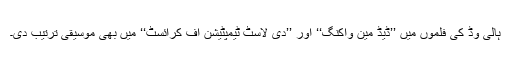
ہالی وڈ کی فلموں میں ’’ڈیڈ مین واکنگ‘‘ اور ’’دی لاسٹ ٹیمپٹیشن آف کرائسٹ‘‘ میں بھی موسیقی ترتیب دی۔